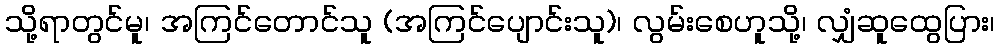
သို့ရာတွင်မူ၊ အကြင်တောင်သူ (အကြင်ပျောင်းသူ)၊ လွမ်းစေဟူသို့၊ လျှံဆူထွေပြား၊